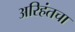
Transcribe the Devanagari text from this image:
अरिहंतचा